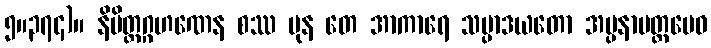
၅။၃၇၄)။ နိမိတ္တဂ္ဂဟဏေန စဿ ပုန တေ အာကာရေ သမ္ပာဒယတော အပ္ပနာမတ္တမေဝ